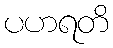
ပဟရတိ